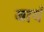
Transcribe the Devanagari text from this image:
बायं